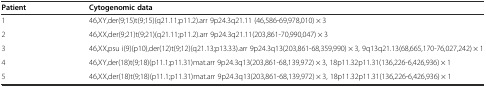
<table><thead><tr><td><b>Patient</b></td><td><b>Cytogenomic data</b></td></tr></thead><tbody><tr><td>1</td><td>46,XY,der(9;15)t(9;15)(q21.11;p11.2).arr 9p24.3q21.11 (46,586-69,978,010) × 3</td></tr><tr><td>2</td><td>46,XX,der(9;21)t(9;21)(q21.11;p11.2).arr 9p24.3q21.11(203,861-70,990,047) × 3</td></tr><tr><td>3</td><td>46,XX,psu i(9)(p10),der(12)t(9;12)(q21.13;p13.33).arr 9p24.3q13(203,861-68,359,990) × 3, 9q13q21.13(68,665,170-76,027,242) × 1</td></tr><tr><td>4</td><td>46,XY,der(18)t(9;18)(p11.1;p11.31)mat.arr 9p24.3q13(203,861-68,139,972) × 3, 18p11.32p11.31(136,226-6,426,936) × 1</td></tr><tr><td>5</td><td>46,XX,der(18)t(9;18)(p11.1;p11.31)mat.arr 9p24.3q13(203,861-68,139,972) × 3, 18p11.32p11.31(136,226-6,426,936) × 1</td></tr></tbody></table>